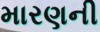
મારણની